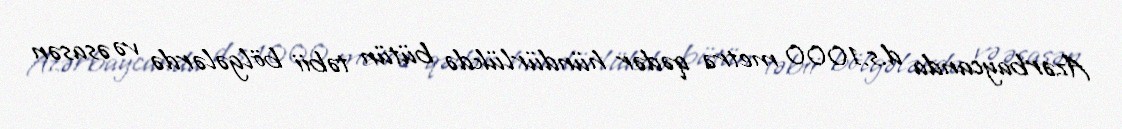
Azərbaycanda d.s.1000 metrə qədər hündürlükdə bütün təbii bölgələrdə və əsasən